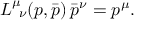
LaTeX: L _ { \; \; \nu } ^ { \mu } ( p , \bar { p } ) \, \bar { p } ^ { \nu } = p ^ { \mu } .